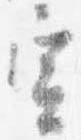
宣